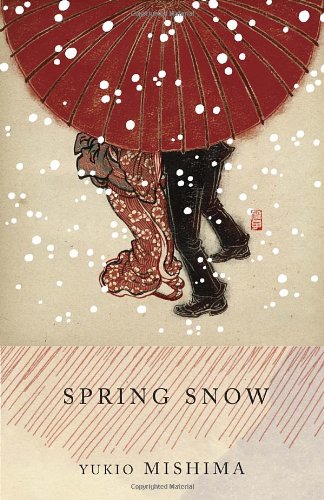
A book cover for Spring Snow: The Sea of Fertility, 1; Yukio Mishima; Literature & Fiction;